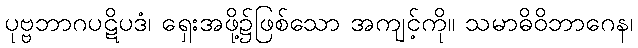
ပုဗ္ဗဘာဂပဋိပဒံ၊ ရှေးအဖို့၌ဖြစ်သော အကျင့်ကို။ သမာဓိဝိဘာဂေန၊